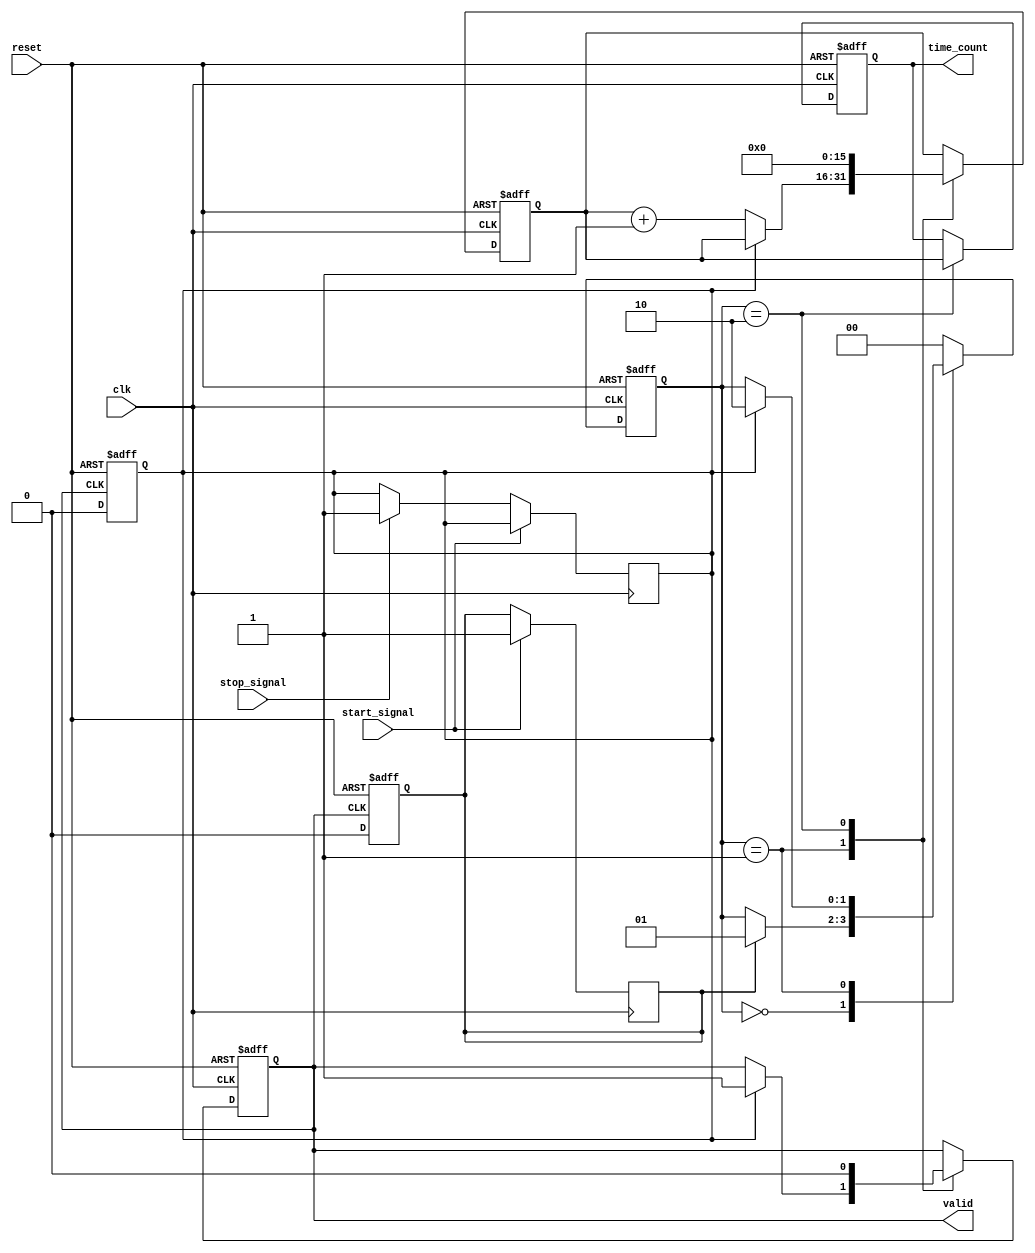
module tdc (
    input wire clk,                    // High-frequency clock input
    input wire reset,                  // Asynchronous reset
    input wire start_signal,           // Start signal input
    input wire stop_signal,            // Stop signal input
    output reg [15:0] time_count,      // Output time count (16-bit)
    output reg valid                   // Output signal to indicate valid data
);

    // State definition for edge detection
    parameter IDLE = 2'b00, STARTED = 2'b01, STOPPED = 2'b10;
    reg [1:0] state, next_state;
    
    // Temporal counter for measurement
    reg [15:0] counter;
    
    // Clock generation (Ring Oscillator model)
    wire clk_ring;
    assign clk_ring = clk; // Replace with actual oscillator logic if needed.

    // Edge detection flags
    reg start_detected, stop_detected;

    // Internal clock for the TDC
    always @(posedge clk_ring or posedge reset) begin
        if (reset) begin
            counter <= 0;
            valid <= 0;
            time_count <= 0;
            state <= IDLE;
        end else begin
            case (state)
                IDLE: begin
                    if (start_detected)
                        state <= STARTED;
                end
                STARTED: begin
                    if (stop_detected) begin
                        state <= STOPPED;
                        valid <= 1; // Signal output valid
                    end else begin
                        counter <= counter + 1; // Increment counter for each clock cycle
                    end
                end
                STOPPED: begin
                    time_count <= counter; // Latch counter value to output
                    state <= IDLE; // Return to idle after processing
                    counter <= 0; // Reset counter
                    valid <= 0; // Reset valid signal
                end
                default: state <= IDLE;
            endcase
        end
    end

    // Start and stop event processing
    always @(posedge clk) begin
        if (start_signal)
            start_detected <= 1;
        else if (stop_signal)
            stop_detected <= 1;
    end

    // Reset detection flags on complete measurement
    always @(negedge valid or posedge reset) begin
        if (reset) begin
            start_detected <= 0;
            stop_detected <= 0;
        end else begin
            start_detected <= 0;
            stop_detected <= 0;
        end
    end

endmodule